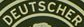
DEUTSCHER